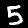
Digit: 5